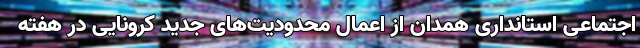
اجتماعی استانداری همدان از اعمال محدودیت‌های جدید کرونایی در هفته